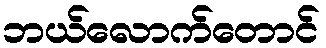
ဘယ်လောက်တောင်